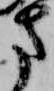
方